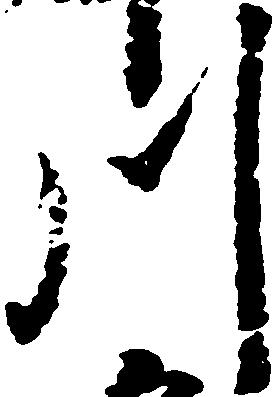
川